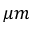
\mu m